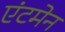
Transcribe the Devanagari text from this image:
एंटमेन